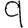
Digit: 9